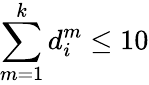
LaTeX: \sum_{m=1}^{k}d_{i}^{m}\leq 10